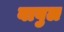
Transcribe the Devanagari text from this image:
बावुल